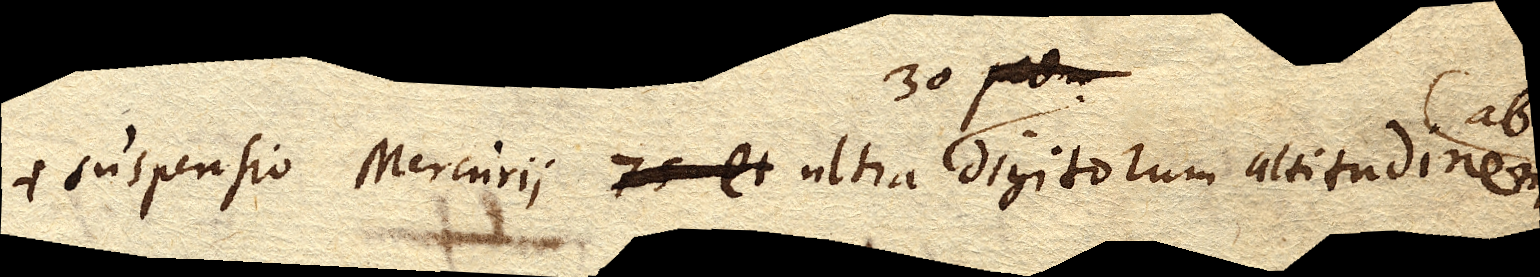
suspensio Mercurii 75 et ultra ultra 30. digitorum altitudinem